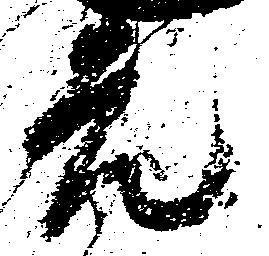
元